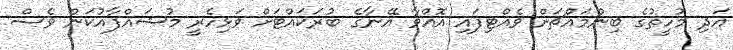
އަދި މުހީތުގެ ބިންމައްޗަށް ވެއްޓިފައި އޮއްވާ އޭނާގެ ބުރަކައްޓަށް ވަޅިހެރީ މުޝައްފާއުކަން ވެސް